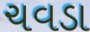
ચવડા